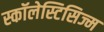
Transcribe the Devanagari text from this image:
स्कॉलेस्टिसिज्म